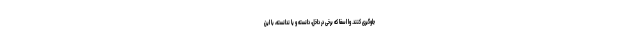
جلوگیری کنند. وا اسفا که برخی در داخل، دانسته و یا ندانسته، با این